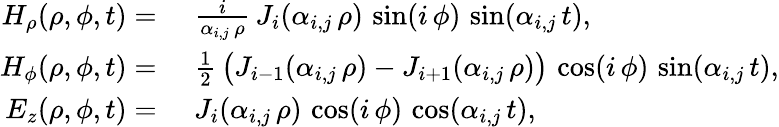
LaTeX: \begin{array}{rl}{H_{\rho}(\rho,\phi,t)=}&{\, \, \frac{i}{\alpha_{i,j}\, \rho}\, J_{i}(\alpha_{i,j}\, \rho)\, \sin(i\, \phi)\, \sin(\alpha_{i,j}\, t),}\\ {H_{\phi}(\rho,\phi,t)=}&{\, \, \frac{1}{2}\, \big(J_{i-1}(\alpha_{i,j}\, \rho)-J_{i+1}(\alpha_{i,j}\, \rho)\big)\, \cos(i\, \phi)\, \sin(\alpha_{i,j}\, t),}\\ {E_{z}(\rho,\phi,t)=}&{\, \, J_{i}(\alpha_{i,j}\, \rho)\, \cos(i\, \phi)\, \cos(\alpha_{i,j}\, t),}\end{array}